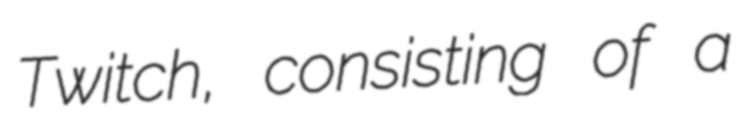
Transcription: Twitch, consisting of a